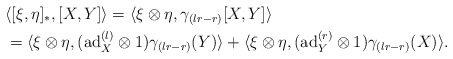
\begin{align*}&\langle [\xi,\eta]_{\ast},[X,Y]\rangle=\langle \xi\otimes \eta,\gamma_{(lr-r)}[X,Y]\rangle\\&=\langle \xi\otimes \eta,(\mathrm{ad}_{X}^{(l)}\otimes 1)\gamma_{(lr-r)}(Y)\rangle +\langle \xi\otimes \eta,( \mathrm{ad}_{Y}^{(r)}\otimes 1)\gamma_{(lr-r)}(X)\rangle.\end{align*}